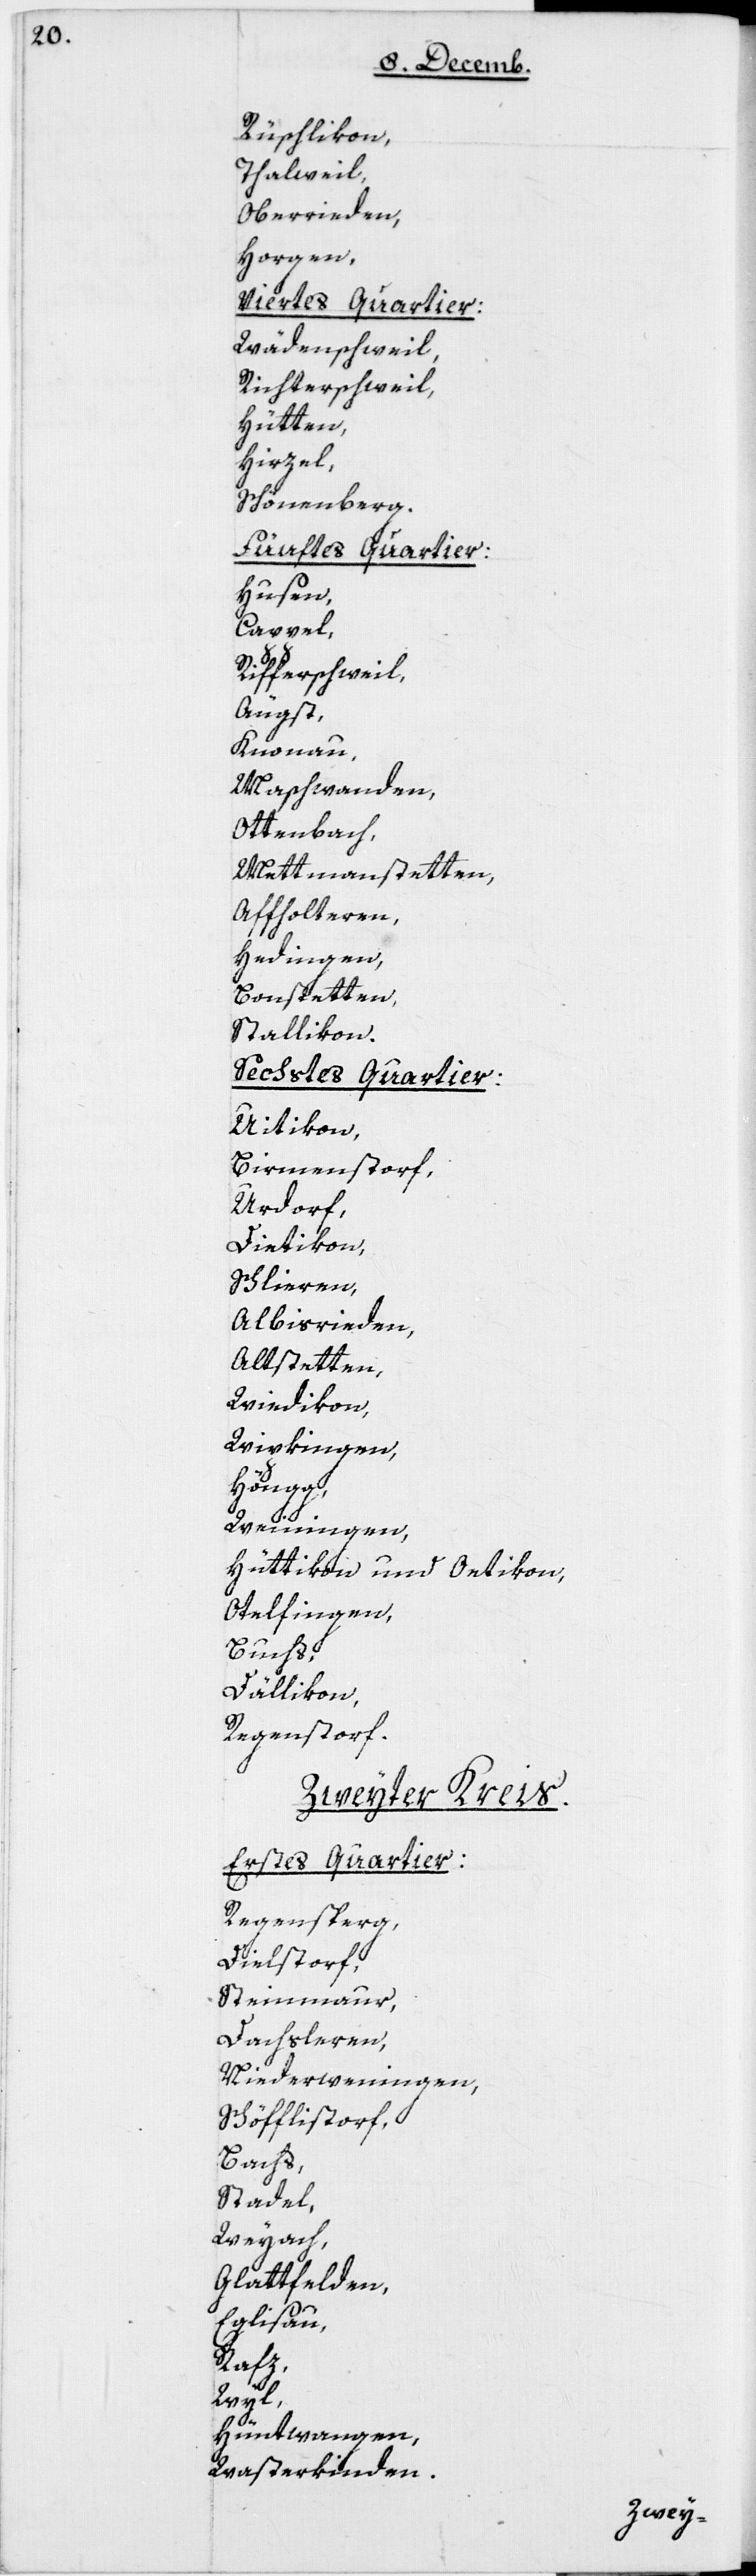
Rüschlikon;
Thalweil;
Oberrieden;
Horgen.
Viertes Quartier:
Wädenschweil;
Richterschweil;
Hütten;
Hirzel;
Schönenberg.
Fünftes Quartier:
Hausen,
Cappel,
Rifferschweil,
Aügst;
Knonau;
Maschwanden;
Ottenbach;
Mettmenstetten;
Affoltern;
Hedingen;
Bonstetten;
Stallikon.
Sechstes Quartier:
Uitikon;
Birmensdorf;
Urdorf;
Dietikon;
Schlieren;
Albisrieden;
Altstetten;
Wiedikon;
Wipkingen;
Höngg;
Weiningen;
Hüttikon und Oetikon;
Otelfingen;
Buchs;
Dällikon;
Regensdorf.
Zweyter Kreis.
Erstes Quartier:
Regensperg;
Dielstorf;
Steinmaur,
Dachsleren;
Niederweningen;
Schöfflistorf;
Bachs;
Stadel;
Weyach;
Glattfelden;
Eglisau;
Rafz;
Wyl;
Hüntwangen;
Wasterkinden.